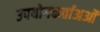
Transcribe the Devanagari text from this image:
उपयोगकर्ताअओं